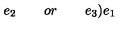
e _ { 2 } \quad \quad o r \quad \quad e _ { 3 } \mathbf { ) } e _ { 1 }